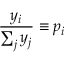
\frac { y _ { i } } { \sum _ { j } y _ { j } } \equiv p _ { i }